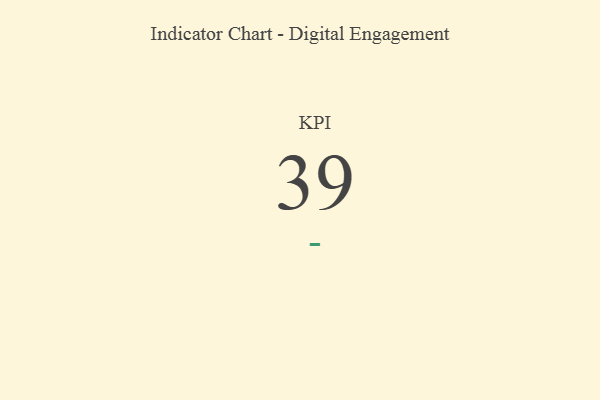
{"axis": {"x": "KPI", "y": "Value"}, "legend": [""], "data": [{"x": "KPI", "y": 39, "type": ""}]}